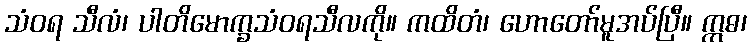
သံဝရ သီလံ၊ ပါတိမောက္ခသံဝရသီလကို။ ကထိတံ၊ ဟောတော်မူအပ်ပြီ။ ဣဓ၊